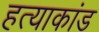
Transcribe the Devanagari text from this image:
हत्‍याकांड